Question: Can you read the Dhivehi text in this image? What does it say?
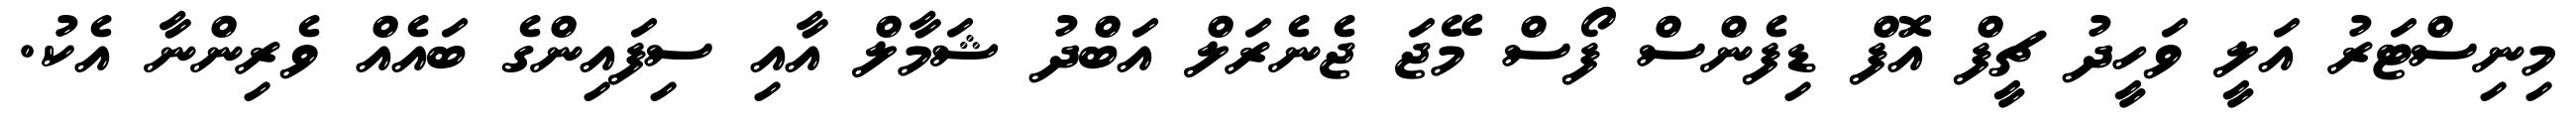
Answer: މިނިސްޓަރު އަލީ ވަހީދު ޗީފް އޮފް ޑިފެންސް ފޯސް މޭޖަ ޖެނެރަލް އަބްދު ޝަމާލް އާއި ސިފައިންގެ ބައެއް ވެރިންނާ އެކު.